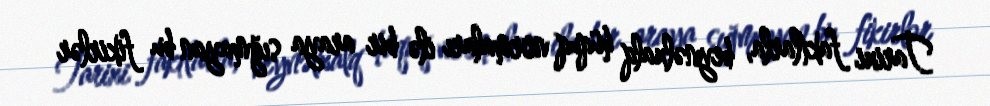
Tarixi faktlarla, beynəlxalq hüquq normaları ilə bir araya sığmayan bu fikirlər